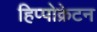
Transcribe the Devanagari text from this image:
हिप्पोक्रेटन